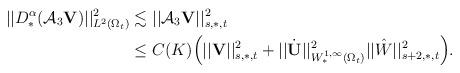
LaTeX: \begin{align*}||D^{\alpha}_{\ast}(\mathcal{A}_3{\mathbf V})||^2_{L^2(\Omega_t)}&\lesssim||\mathcal{A}_3{\mathbf V}||^2_{s,\ast,t}\\&\leq C(K)\Big(||{\mathbf V}||^2_{s,\ast,t}+||\dot{{\mathbf U}}||^2_{W^{1,\infty}_{\ast}(\Omega_t)}||\hat{W}||^2_{s+2,\ast,t}\Big).\end{align*}